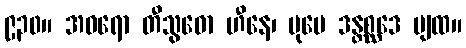
၉၃၀။ အဓရော တီသွဓော ဟီနေ၊ ပုမေ ဒန္တစ္ဆဒေ ပျထ။